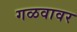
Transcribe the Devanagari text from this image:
गळवावर